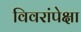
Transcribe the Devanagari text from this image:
विवरांपेक्षा